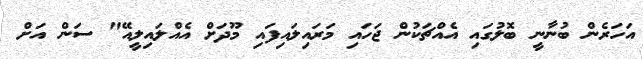
އަހަރެން ބުނާނީ ބޮލުގައި އެއްޗަކުން ޖަހައި މަރައިލައިފައި މޫދަށް އެއްލައިލީއޭ" ސަން އަށް